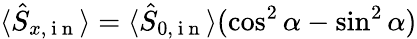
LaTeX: \langle\hat{S}_{x,\mathrm{~i~n~}}\rangle=\langle\hat{S}_{0,\mathrm{~i~n~}}\rangle(\cos^{2}\alpha-\sin^{2}\alpha)